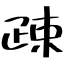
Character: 疎